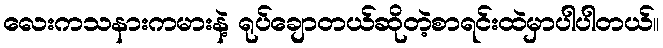
လေးကသနားကမားနဲ့ ရုပ်ချောတယ်ဆိုတဲ့စာရင်းထဲမှာပါပါတယ်။